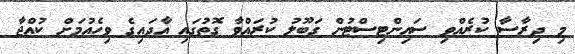
މި ދިރާސާ ކުރެއްވި ސައިންޓިސްޓުން ގަބޫލު ކުރައްވާ ގޮތުގައި އާދައިގެ ވިހެއުމަށް ކުއްޖާ